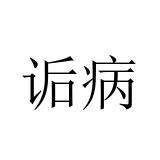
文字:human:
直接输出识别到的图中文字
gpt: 诟病